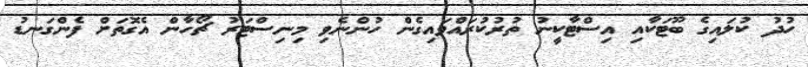
ހުދު ކުލައިގެ ބޫޓަކާއި އިސްޓާކީނު ތުރުކުރައްވައިގެން ހުންނެވި މިނިސްޓަރު ޗޯހާން އެގޮތަށް ފެންގަނޑު